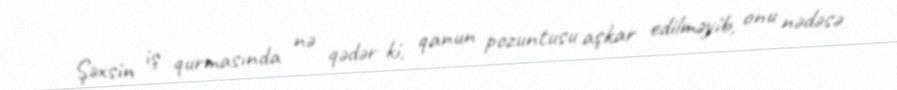
Şəxsin iş qurmasında nə qədər ki, qanun pozuntusu aşkar edilməyib, onu nədəsə